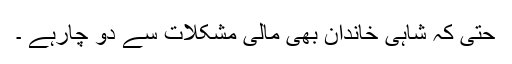
حتیٰ کہ شاہی خاندان بھی مالی مشکلات سے دو چارہے ۔